system: You are a helpful assistant.
user:
Analyze the provided spectrum to determine if it is a **M-type Giant (gM)**.

A M-type Giant spectrum is defined by its **strong molecular absorption** features, particularly from **Titanium Oxide (TiO)**. You must check for one of the following mutually exclusive signatures:

- **Key Visual Indicators (Absorption-Dominated Spectrum):**

    - **(Primary):** The spectrum is dominated by strong molecular absorption from **Titanium Oxide (TiO)**. This is the **defining feature** of its M-type temperature class.
        - **(Key Bandheads):** Look for sharp, "saw-tooth" absorption valleys. The strongest are located near **~7050 Å**, **~6160 Å**, and **~5170 Å**.
        - **(Line Profile):** The "saw-tooth" morphology is critical: a **sharp, steep drop on the BLUE (short-wavelength) side** of the bandhead, followed by a gradual recovery (rising flux) towards the RED (long-wavelength) side.

    - **(Key Confirmation - Giant vs. Dwarf):** **ABSENCE** of strong **Calcium Hydride (CaH)** molecular bands. This is the primary diagnostic for *excluding* M-dwarfs.
        - **(Key Region):** The spectrum should lack the strong, broad absorption band seen in dwarfs between **~6800 Å and ~7000 Å**.

    - **(Secondary Confirmation - Giant):** A very strong and broad **Neutral Calcium (Ca I)** atomic absorption line.
        - **(Key Line):** Located at **~4226 Å**. In a giant (gM), this line is significantly deeper and broader than the same line in an M-dwarf (dM) due to low surface gravity.

    - **(Overall Spectrum):**
        - The continuum is **extremely red-sloping** (i.e., flux is very low in the blue and rises dramatically towards the red).
        - The entire spectrum appears "chopped up" by the deep TiO bands.

Think first, call **spectral_visualization_tool** if needed to examine features in detail, then provide your final answer. Your response must adhere to the following strict rules:
1.  **Overall Structure:** Your response must follow the format `<think>...</think> <tool_call>...</tool_call> (if a tool is used) <answer>...</answer>`.
2.  **Tool Usage Constraint:** You may only make **one** tool call per turn.
3.  **Final Answer Format:** In the `<answer>` tag, your conclusion must be inside a `\boxed{}` command (e.g., `\boxed{YES}` or `\boxed{NO}`), followed by your justification.

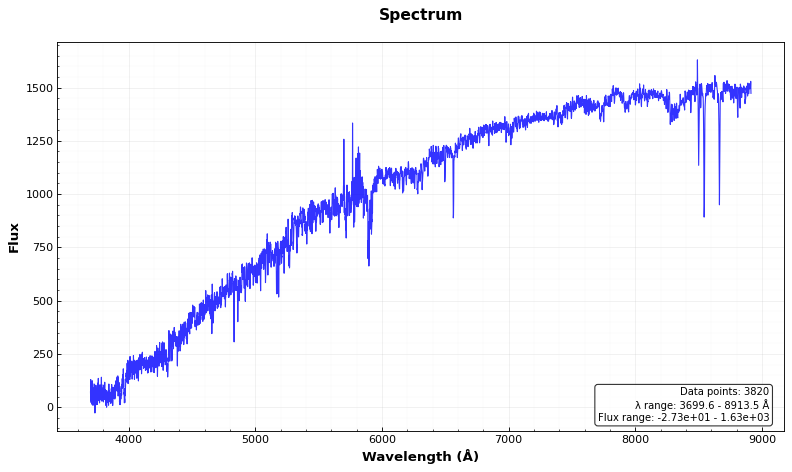
Answer: NO